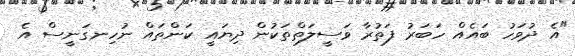
"އެ ދުވަހު ބައެއް ހަބަރު ފަތުރާ ވަސީލަތްތަކުން ދިޔައީ ކަންތައް ނުހިނގަނީސް އެ